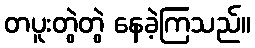
တပူးတွဲတွဲ နေခဲ့ကြသည်။